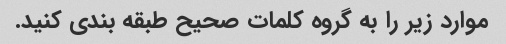
موارد زیر را به گروه کلمات صحیح طبقه بندی کنید.